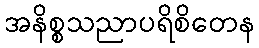
အနိစ္စသညာပရိစိတေန